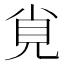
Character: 覍